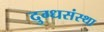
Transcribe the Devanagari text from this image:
दुग्धसंस्था